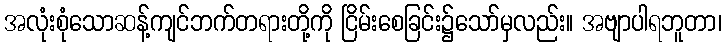
အလုံးစုံသောဆန့်ကျင်ဘက်တရားတို့ကို ငြိမ်းစေခြင်း၌သော်မှလည်း။ အဗျာပါရဘူတာ၊